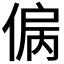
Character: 𰂞